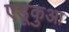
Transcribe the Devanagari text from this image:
एडूकुआ